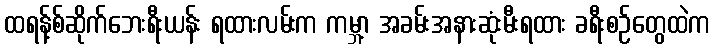
ထရန့်စ်ဆိုက်ဘေးရီးယန်း ရထားလမ်းက ကမ္ဘာ့ အခမ်းအနားဆုံးမီးရထား ခရီးစဉ်တွေထဲက